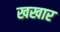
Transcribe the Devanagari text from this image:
खखार